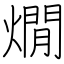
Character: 燗